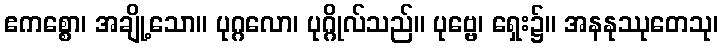
ဧကစ္စော၊ အချို့သော။ ပုဂ္ဂလော၊ ပုဂ္ဂိုလ်သည်။ ပုဗ္ဗေ၊ ရှေး၌။ အနနုဿုတေသု၊